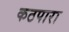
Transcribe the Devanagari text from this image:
कठपारा